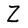
Character: Z